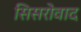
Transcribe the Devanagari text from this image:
सिसरोवाद